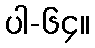
ပါ-၆၄။